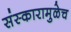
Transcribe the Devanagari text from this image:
संस्कारामुळेच